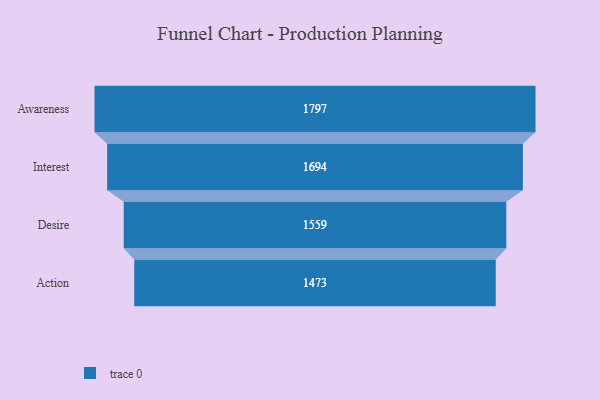
{"axis": {"x": "Stage", "y": "Value"}, "legend": [""], "data": [{"x": "Awareness", "y": 1797.0, "type": ""}, {"x": "Interest", "y": 1694.0, "type": ""}, {"x": "Desire", "y": 1559.0, "type": ""}, {"x": "Action", "y": 1473.0, "type": ""}]}